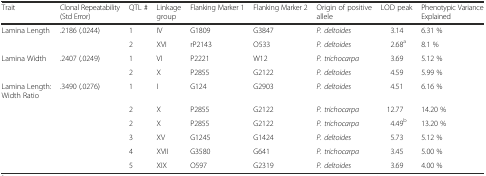
| Trait | Clonal Repeatability (Std Error) | QTL # | Linkage group | Flanking Marker 1 | Flanking Marker 2 | Origin of positive allele | LOD peak | Phenotypic Variance Explained |
 | --- | --- | --- | --- | --- | --- | --- | --- | --- |
 | Lamina Length | .2186 (.0244) | 1 | IV | G1809 | G3847 | P. deltoides | 3.14 | 6.31 % |
 |  |  | 2 | XVI | rP2143 | O533 | P. deltoides | 2.68a | 8.1 % |
 | Lamina Width | .2407 (.0249) | 1 | VI | P2221 | W12 | P. trichocarpa | 3.69 | 5.12 % |
 |  |  | 2 | X | P2855 | G2122 | P. deltoides | 4.59 | 5.99 % |
 | Lamina Length:Width Ratio | .3490 (.0276) | 1 | I | G124 | G2903 | P. deltoides | 4.51 | 6.16 % |
 |  |  | 2 | X | P2855 | G2122 | P. trichocarpa | 12.77 | 14.20 % |
 |  |  | 2 | X | P2855 | G2122 | P. trichocarpa | 4.49b | 13.20 % |
 |  |  | 3 | XV | G1245 | G1424 | P. deltoides | 5.73 | 5.12 % |
 |  |  | 4 | XVII | G3580 | G641 | P. trichocarpa | 3.45 | 5.00 % |
 |  |  | 5 | XIX | O597 | G2319 | P. deltoides | 3.69 | 4.00 % |